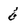
Character: 6